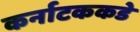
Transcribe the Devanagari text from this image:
कर्नाटककडे